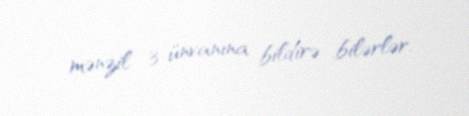
mənzil 3 ünvanına bildirə bilərlər.